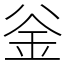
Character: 釡